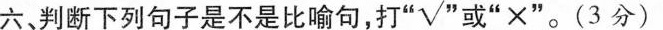
六、判断下列句子是不是比喻句，打“√”或“×”。( 3分)